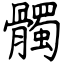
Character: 髑